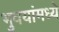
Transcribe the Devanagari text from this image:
भुवयांमध्ये